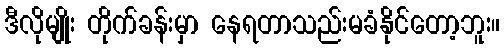
ဒီလိုမျိုး တိုက်ခန်းမှာ နေရတာသည်းမခံနိုင်တော့ဘူး။